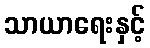
သာယာရေးနှင့်